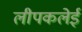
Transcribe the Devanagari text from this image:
लीपकलेई